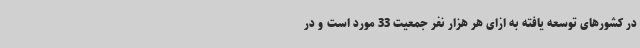
در کشورهای توسعه یافته به ازای هر هزار نفر جمعیت 33 مورد است و در